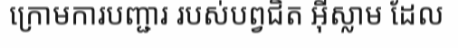
ក្រោមការបញ្ជារ របស់បព្វជិត អ៊ីស្លាម ដែល